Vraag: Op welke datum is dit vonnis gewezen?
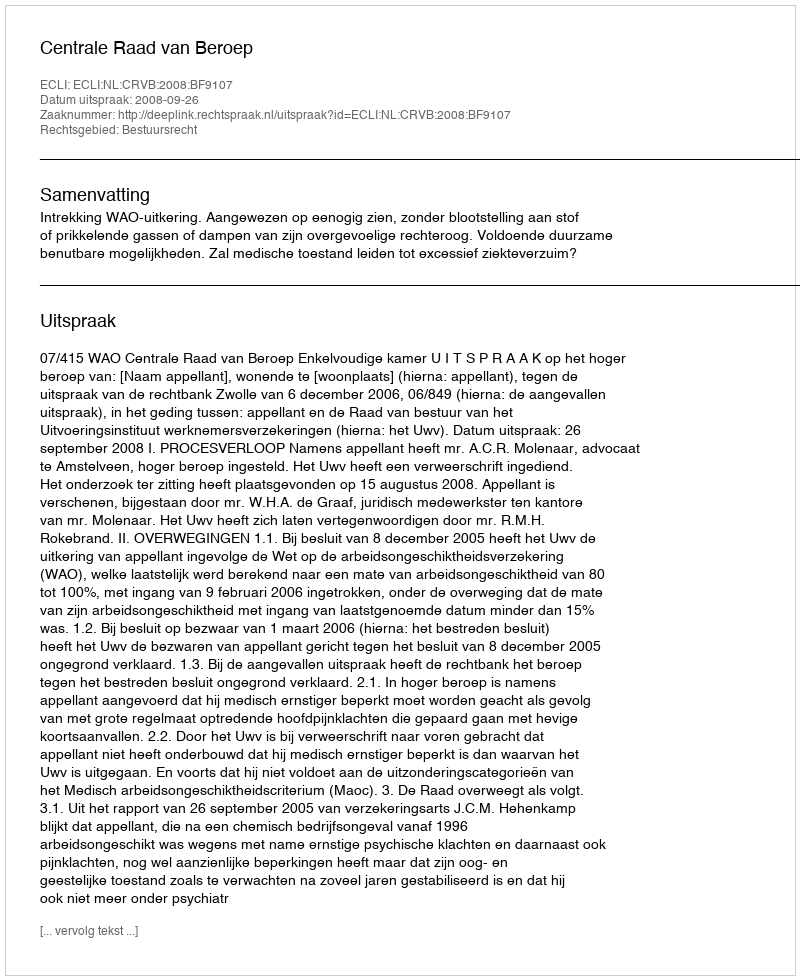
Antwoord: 2008-09-26